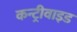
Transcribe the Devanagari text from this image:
कन्ट्रीवाइड